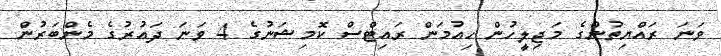
ވަނަ ރައްޔިތުންގެ މަޖިލީހުން ހިއުމަން ރައިޓްސް ކޮމިޝަނުގެ 4 ވަނަ ދައުރުގެ މެންބަރުން